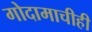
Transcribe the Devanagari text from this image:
गोदामाचीही